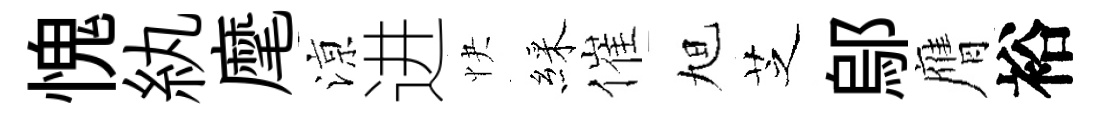
愧紈麾鿌进快綵催旭芝鄔膺裕